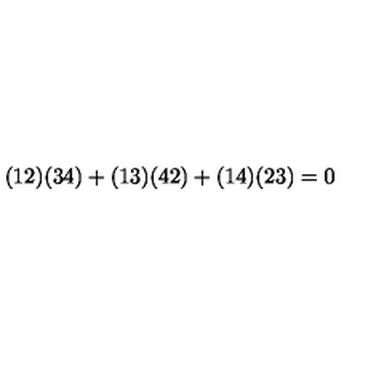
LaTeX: ( 1 2 ) ( 3 4 ) + ( 1 3 ) ( 4 2 ) + ( 1 4 ) ( 2 3 ) = 0